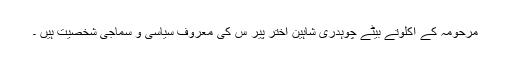
مرحومہ کے اکلوتے بیٹے چوہدری شاہین اختر پیر س کی معروف سیاسی و سماجی شخصیت ہیں ۔